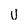
Character: U